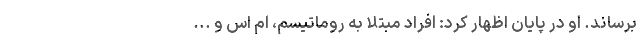
برساند. او در پایان اظهار کرد: افراد مبتلا به روماتیسم، ام اس و ...